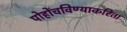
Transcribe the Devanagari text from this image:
पोहोंचविण्याकरिता